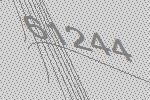
61244